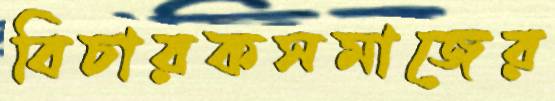
বিচারকসমাজের